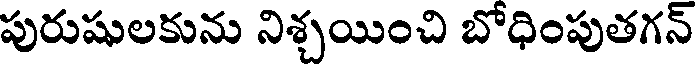
పురుషులకును నిశ్చయించి బోధింపుతగన్